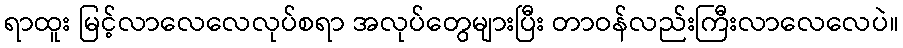
ရာထူး မြင့်လာလေလေလုပ်စရာ အလုပ်တွေများပြီး တာဝန်လည်းကြီးလာလေလေပဲ။